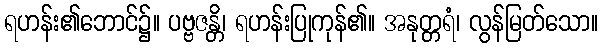
ရဟန်း၏ဘောင်၌။ ပဗ္ဗဇန္တိ၊ ရဟန်းပြုကုန်၏။ အနုတ္တရံ၊ လွန်မြတ်သော။